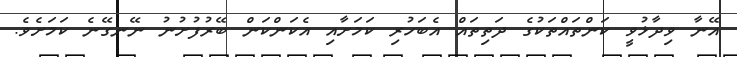
އޭނާ ވިދާޅުވީ ކަންތައްތަކުގެ ދަތިތައް އެބަހުރި ކަމަށާއި އެކަންކަން ބޭރުފުށުނު ނޭނގޭނެ ކަމަށެވެ.